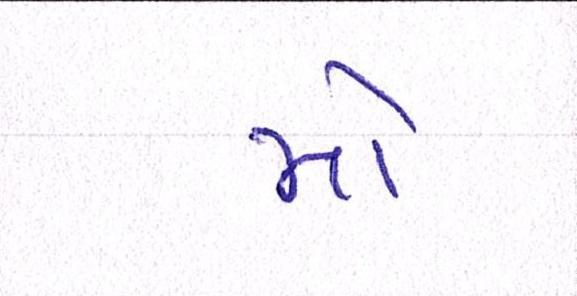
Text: મો